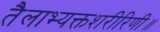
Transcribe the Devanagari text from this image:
तैलाभ्यक्तशरीरिणी॥